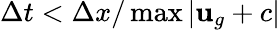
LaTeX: \Delta t<\Delta x/\operatorname*{max}{|\mathbf{u}_{g}+c|}